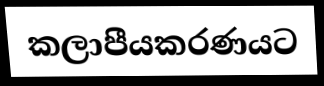
කලාපීයකරණයට